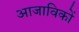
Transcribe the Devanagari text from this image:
आजाविकों